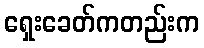
ရှေးခေတ်ကတည်းက